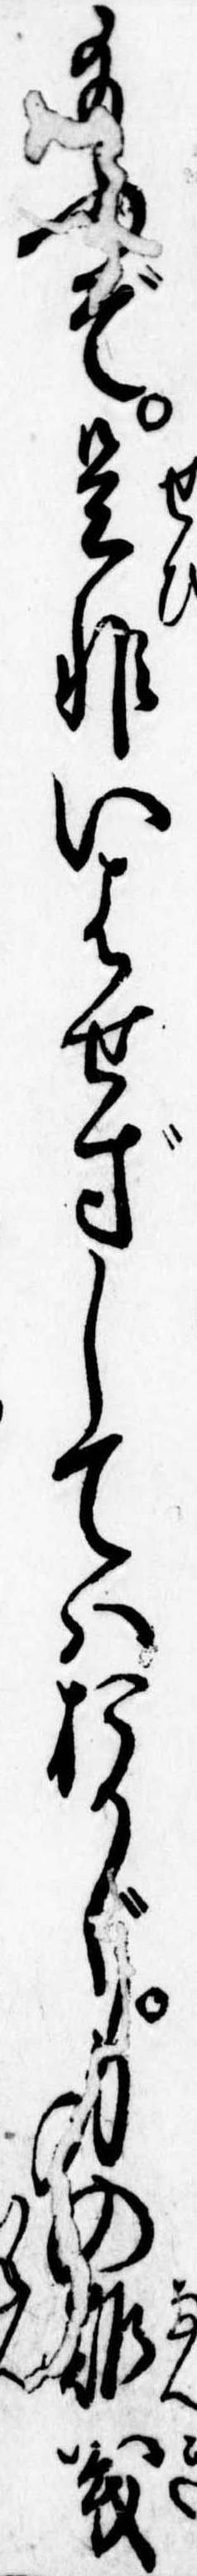
給ふぞ是非いはせずしてはおかじ身の難義